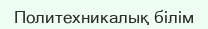
Политехникалық білім